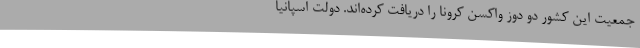
جمعیت این کشور دو دوز واکسن کرونا را دریافت کرده‌اند. دولت اسپانیا